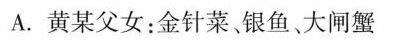
A.黄某父女：金针菜银鱼、大闸蟹